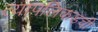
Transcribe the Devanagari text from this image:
त्यापलिकडची